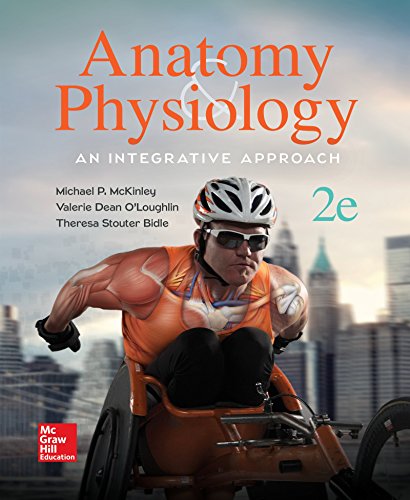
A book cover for Anatomy & Physiology: An Integrative Approach; Michael McKinley; Medical Books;